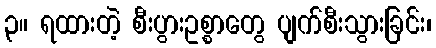
၃။ ရထားတဲ့ စီးပွားဥစ္စာတွေ ပျက်စီးသွားခြင်း၊